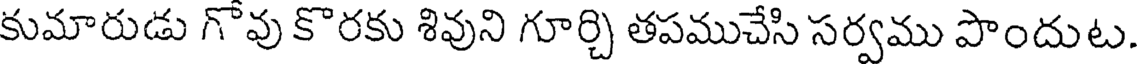
కుమారుడు గొవు కొరకు శివుని గూర్చి తపముచేసి సర్వము పొందుట.